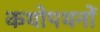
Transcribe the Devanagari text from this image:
कथोपथनों